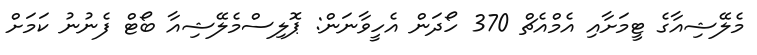
މެލޭޝިއާގެ ޓީމަށާއި އެމްއެޗް 370 ހޯދަން އެހީވާނަން: ޕޮލިސްމެލޭޝިއާ ބޯޓް ފެނުނު ކަމަށް